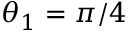
\theta _ { 1 } = \pi / 4